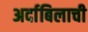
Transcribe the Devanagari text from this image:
अर्दाबिलाची